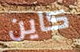
كاين